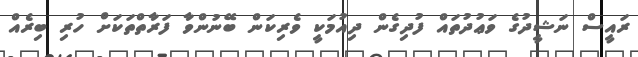
ރައީސް ނަޝީދުގެ ވަޢުދުތައް ފުދިގެން ދިއުމަކީ ވެރިކަން ބޭނުންވާ ފަރާތްތަކަށް ހުރި ބިރެއް